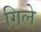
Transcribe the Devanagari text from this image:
गिले